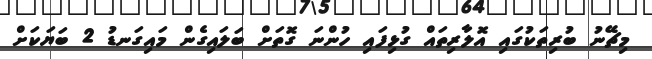
މިޗޭނު ބުރިތަކުގައި އޮލާރިތައް ގުޅިފައި ހުންނަ ގޮތަށް ބަލައިގެން މައިގަނޑު 2 ބަޔަކަށް